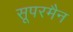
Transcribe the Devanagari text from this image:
सूपरमैन